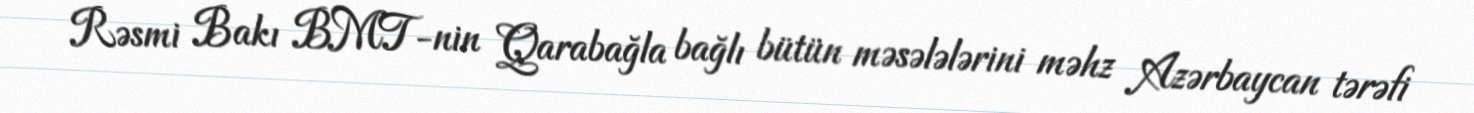
Rəsmi Bakı BMT-nin Qarabağla bağlı bütün məsələlərini məhz Azərbaycan tərəfi